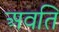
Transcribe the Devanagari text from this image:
अवति